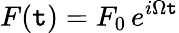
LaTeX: F(\mathtt{t})=F_{0}\, e^{i\Omega\mathtt{t}}